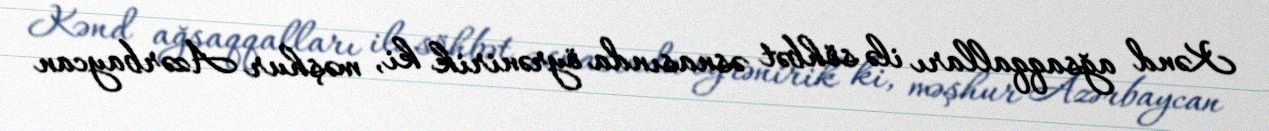
Kənd ağsaqqalları ilə söhbət əsnasında öyrənirik ki, məşhur Azərbaycan